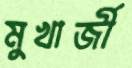
মুখার্জী